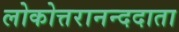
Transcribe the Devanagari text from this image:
लोकोत्तरानन्ददाता